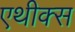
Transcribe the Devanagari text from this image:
एथीक्स